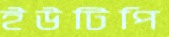
ইউটিপি